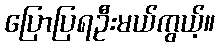
ပြောပြရဦးမယ်ကွယ့်။